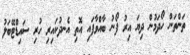
ތަންތަން ހޯދަމުން ދިޔަ އިރު ފޯނު ބާއްވާފައި އޮތި އެނދުކައިރި ހުރި ސައިޑްޓޭބަލު